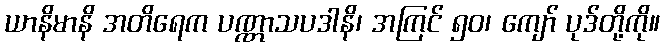
ယာနိမာနိ အတိရေက ပဏ္ဏာသပဒါနိ၊ အကြင် ၅၀၊ ကျော် ပုဒ်တို့ကို။